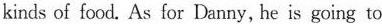
kinds of food. As for Danny, he is going to